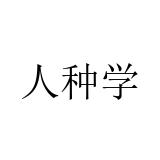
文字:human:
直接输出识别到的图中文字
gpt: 人种学